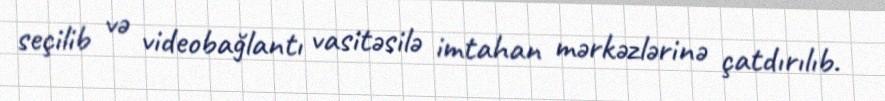
seçilib və videobağlantı vasitəsilə imtahan mərkəzlərinə çatdırılıb.